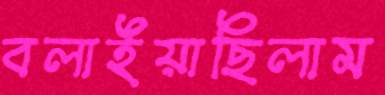
বলাইয়াছিলাম